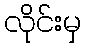
လိုင်းမှ